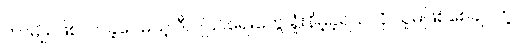
တာမျိုး ဖြစ်လာခဲ့ပေမယ့် ဒီပြုပြင်ရေးတွေ ရှုံးနိမ့်ခဲ့ရသလို သူမဖြစ်စေချင်တဲ့